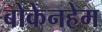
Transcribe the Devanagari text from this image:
बोकेनहेम